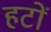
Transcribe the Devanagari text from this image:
हटों